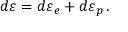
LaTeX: d { \boldsymbol { \varepsilon } } = d { \boldsymbol { \varepsilon } } _ { e } + d { \boldsymbol { \varepsilon } } _ { p } \, .